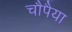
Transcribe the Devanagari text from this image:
चौपैया